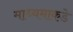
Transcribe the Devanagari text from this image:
माध्यमाकडे